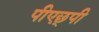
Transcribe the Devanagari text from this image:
पीएछ्पी